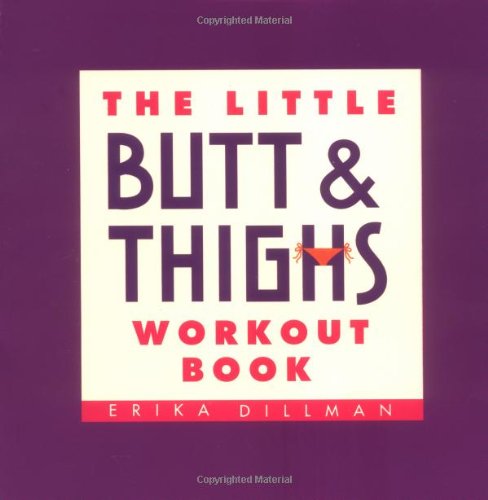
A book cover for The Little Butt & Thighs Workout Book (Little Book); Erika Dillman; Health, Fitness & Dieting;